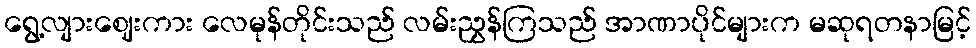
ရွေ့လျားဈေးကား လေမုန်တိုင်းသည် လမ်းညွှန်ကြသည် အာဏာပိုင်များက မဆုရတနာမြင့်